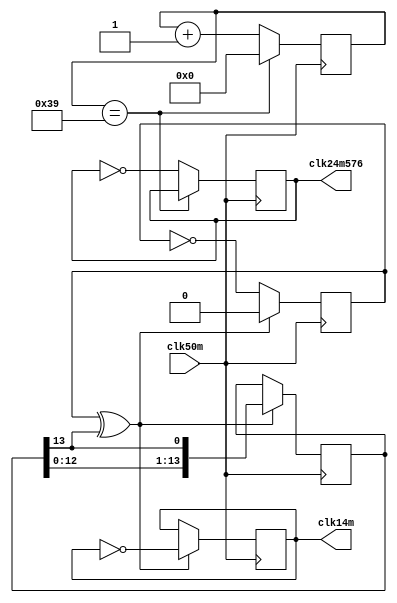
/* This file is part of fpga-spec by ZXMicroJack - see LICENSE.txt for moreinfo */
module clocks(
  input clk50m,
  output reg clk14m,
  output reg clk24m576);

// to get zx spectrum 128 clock of 3.546900 we should get x4 this, which is
// 5 single clocks for every 21 double


  reg[13:0] bitmap = 14'b10001000010000;
  reg clkWait = 1'b0;
  reg[5:0] clkCounter = 6'h00;

  always @(posedge clk50m) begin
    if (clkWait ^ bitmap[13]) begin
      clk14m <= !clk14m;
      clkWait <= 1'b0;
      bitmap[13:0] <= {bitmap[12:0], bitmap[13]};
    end else clkWait <= ! clkWait;

    if (clkCounter == 6'd57)
      clkCounter <= 6'd0;
    else begin
      clk24m576 <= !clk24m576;
      clkCounter <= clkCounter + 1;
    end
  end

endmodule